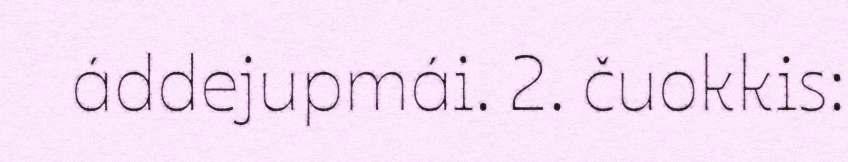
áddejupmái. 2. čuokkis: